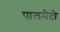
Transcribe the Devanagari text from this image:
पालमेटो